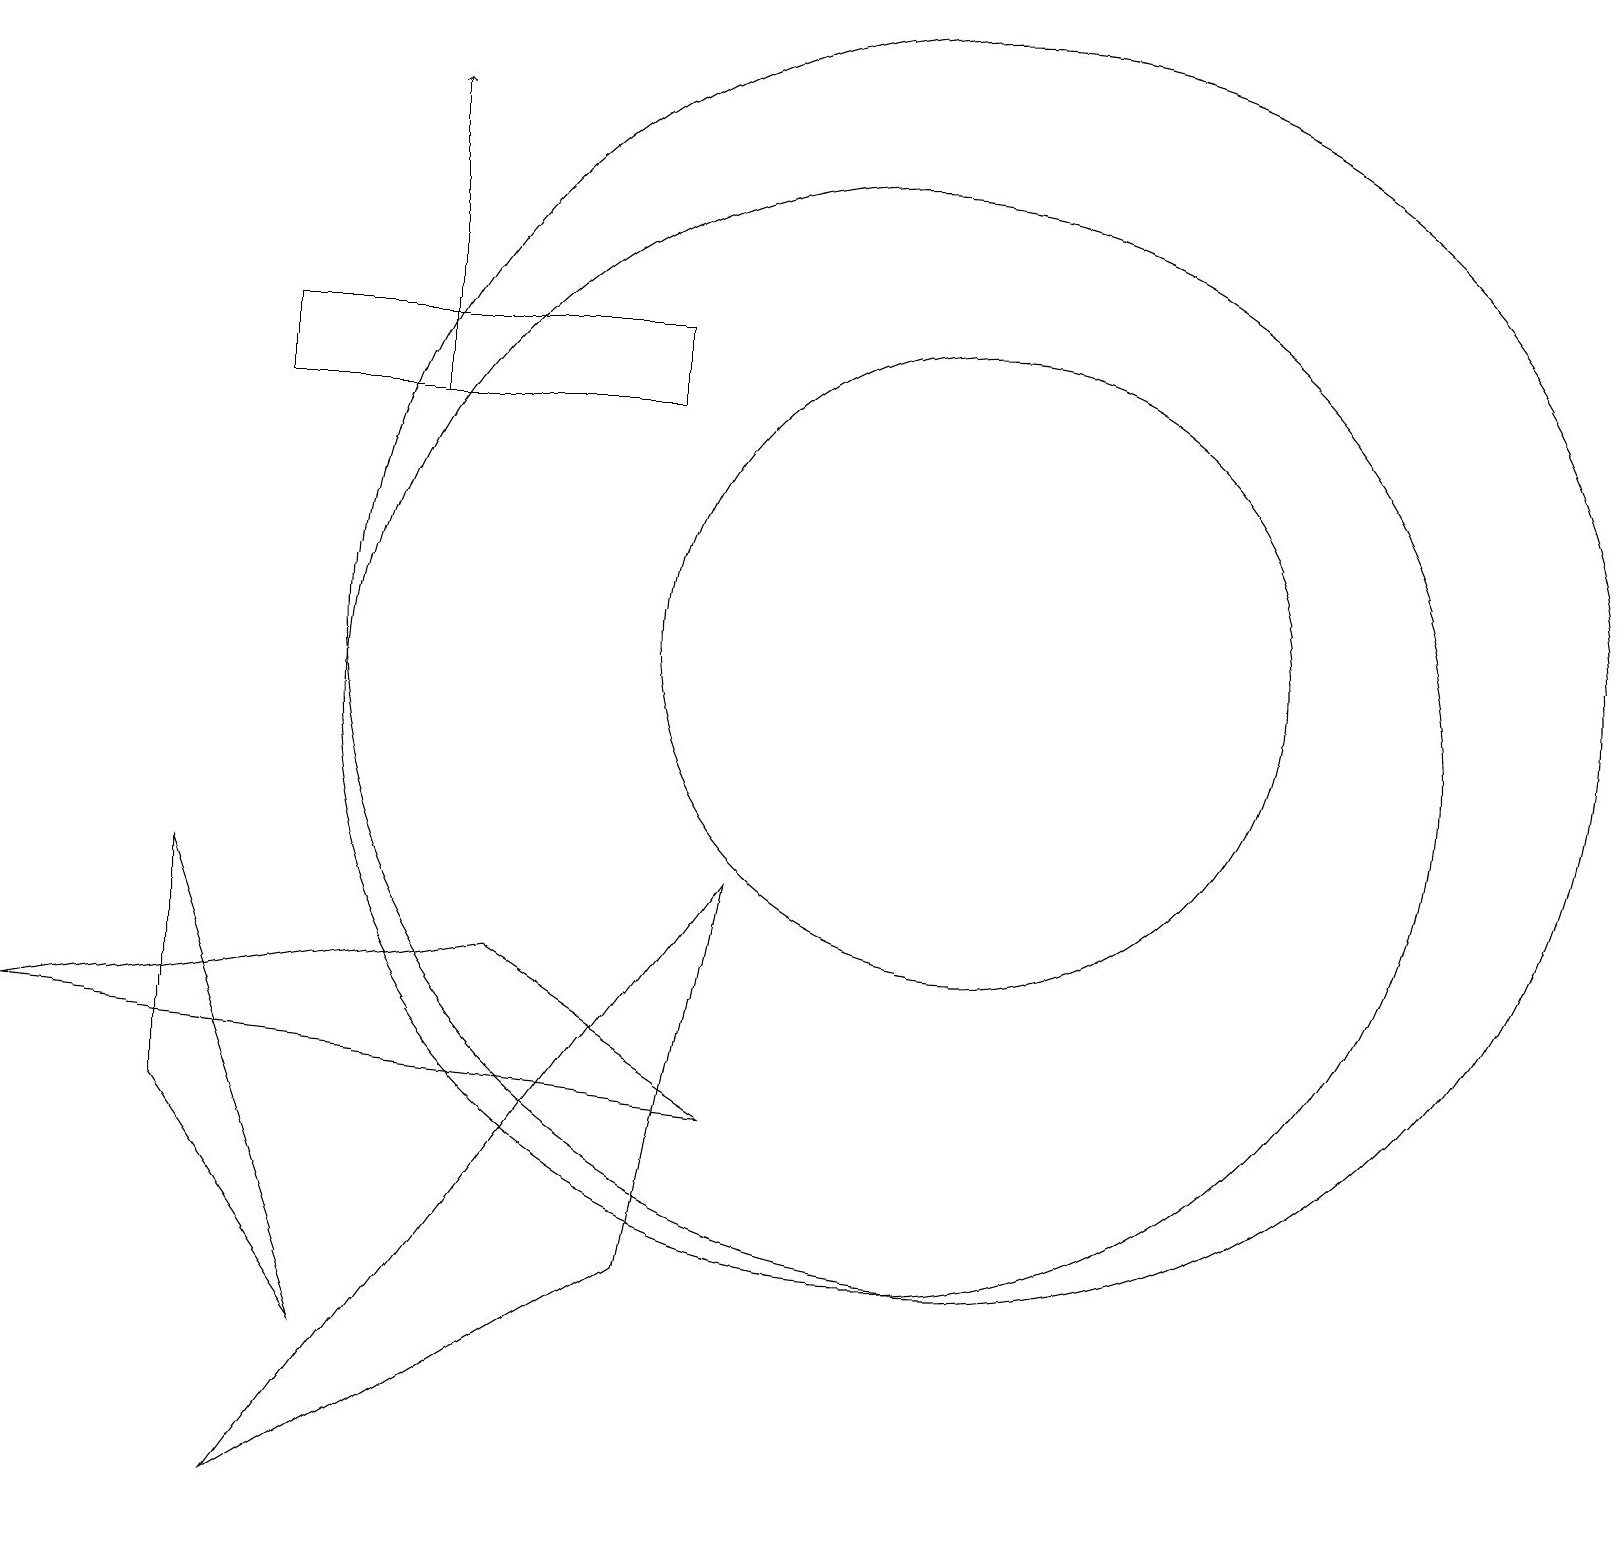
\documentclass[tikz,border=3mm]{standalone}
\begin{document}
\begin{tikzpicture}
\draw (12,12) circle (8);
\draw (3,1) -- (9,9) -- (8,4) -- cycle;
\draw (4,3) -- (2,9) -- (2,6) -- cycle;
\draw (8,15) rectangle (3,16);
\draw[->] (5,15) -- (5,19);
\draw (6,8) -- (9,6) -- (0,7) -- cycle;
\draw (11,11) circle (7);
\draw (12,12) circle (4);
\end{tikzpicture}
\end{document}